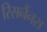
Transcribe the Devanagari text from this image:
रिसनैंनस